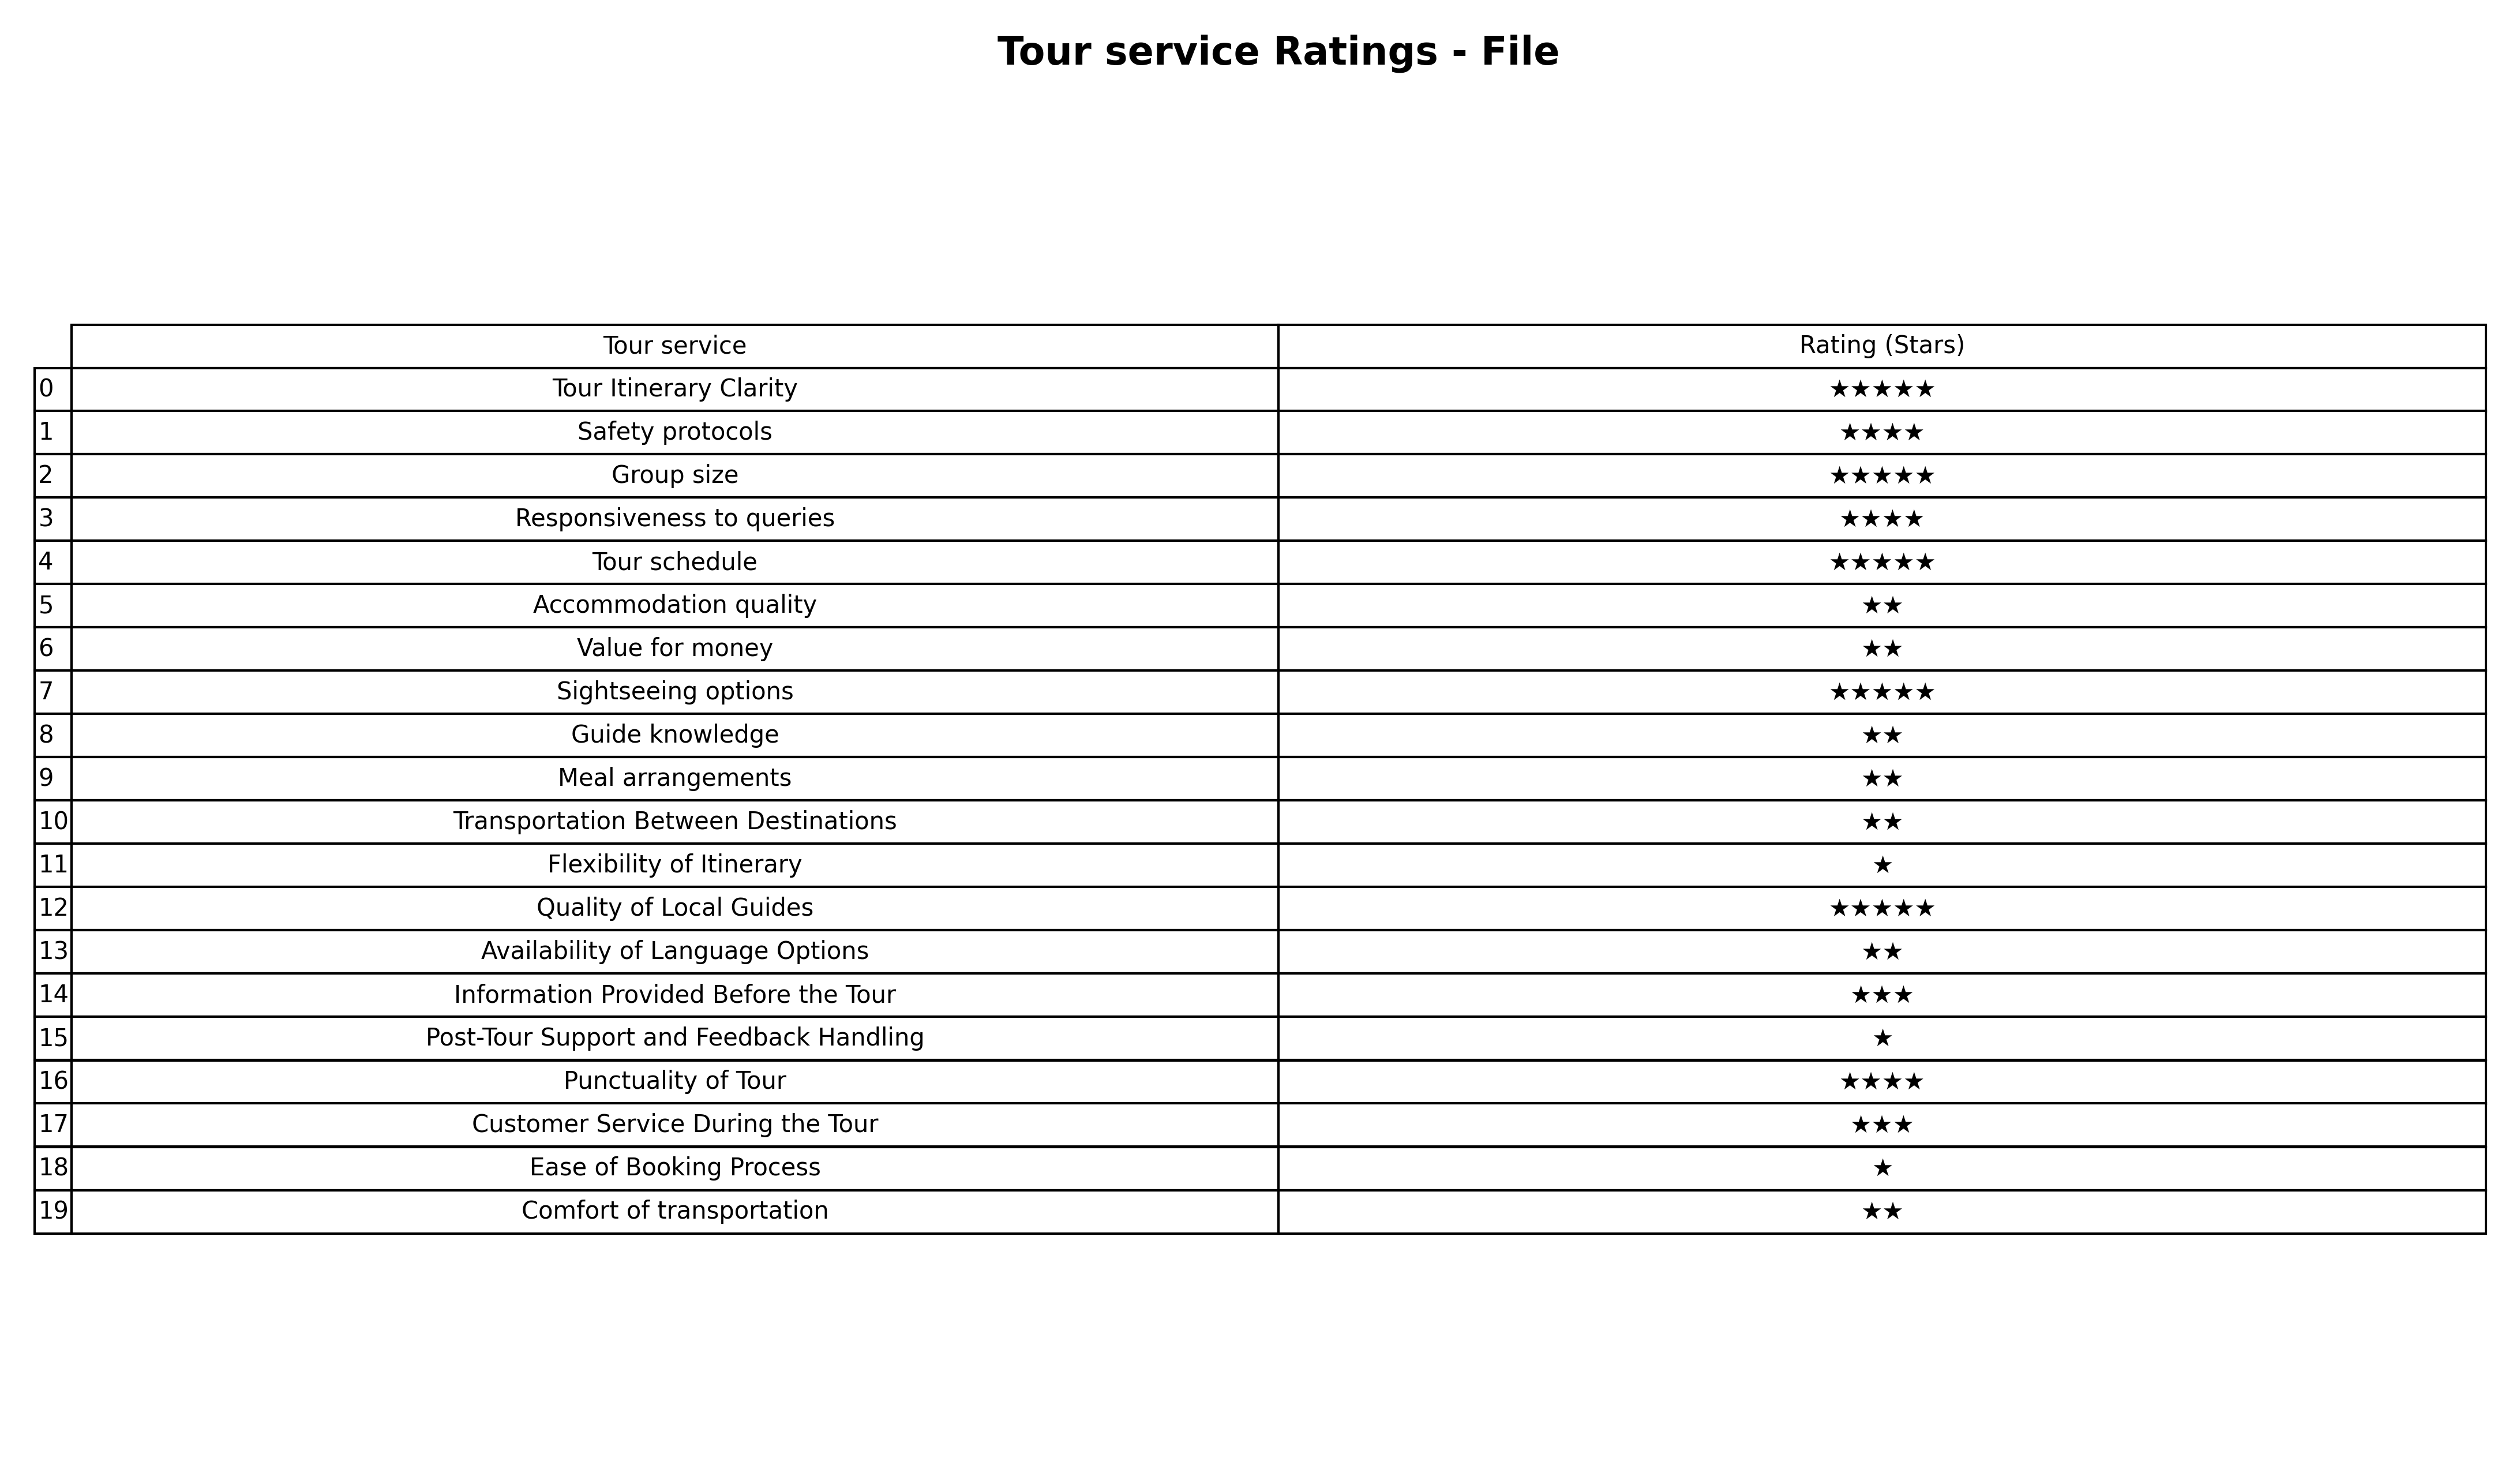
question: What are one star services?
answer: Flexibility of ItineraryPost-Tour Support and Feedback HandlingEase of Booking Process